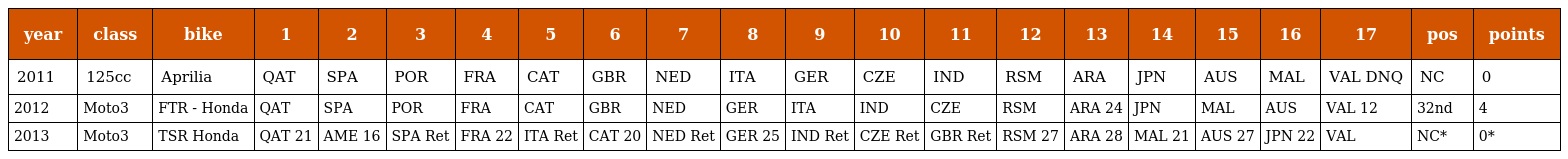
| year | class | bike | 1 | 2 | 3 | 4 | 5 | 6 | 7 | 8 | 9 | 10 | 11 | 12 | 13 | 14 | 15 | 16 | 17 | pos | points |
 | --- | --- | --- | --- | --- | --- | --- | --- | --- | --- | --- | --- | --- | --- | --- | --- | --- | --- | --- | --- | --- | --- |
 | 2011 | 125cc | Aprilia | QAT | SPA | POR | FRA | CAT | GBR | NED | ITA | GER | CZE | IND | RSM | ARA | JPN | AUS | MAL | VAL DNQ | NC | 0 |
 | 2012 | Moto3 | FTR - Honda | QAT | SPA | POR | FRA | CAT | GBR | NED | GER | ITA | IND | CZE | RSM | ARA 24 | JPN | MAL | AUS | VAL 12 | 32nd | 4 |
 | 2013 | Moto3 | TSR Honda | QAT 21 | AME 16 | SPA Ret | FRA 22 | ITA Ret | CAT 20 | NED Ret | GER 25 | IND Ret | CZE Ret | GBR Ret | RSM 27 | ARA 28 | MAL 21 | AUS 27 | JPN 22 | VAL | NC* | 0* |